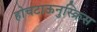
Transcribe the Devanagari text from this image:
होचटाऊनुस्क्रिस